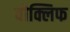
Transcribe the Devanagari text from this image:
वोक्लिफ